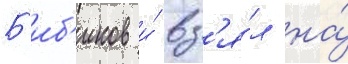
Б'иб'иков и́ вз'я́л на́